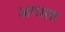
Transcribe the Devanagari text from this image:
अगासा